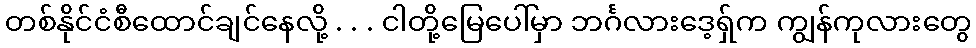
တစ်နိုင်ငံစီထောင်ချင်နေလို့ . . . ငါတို့မြေပေါ်မှာ ဘင်္ဂလားဒေ့ရှ်က ကျွန်ကုလားတွေ